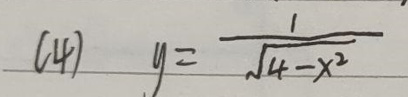
(4) \(y = \frac{1}{\sqrt{4 - x^{2}}}\)